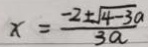
x = \frac { - 2 \pm \sqrt { 4 - 3 a } } { 3 a }